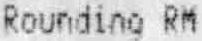
ROUNDING RM